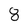
Character: 8